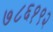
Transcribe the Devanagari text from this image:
७८६१९२